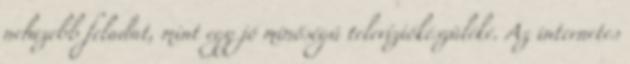
nehezebb feladat, mint egy jó minőségű televíziókészüléké. Az internetes